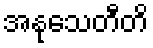
အနုသေတီတိ